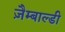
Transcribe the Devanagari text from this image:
ज़ैम्बाल्डी